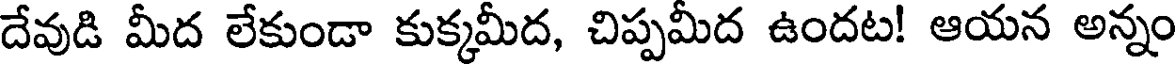
దేవుడి మీద లేకుండా కుక్కమీద, చిప్పమీద ఉందట! ఆయన అన్నం